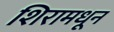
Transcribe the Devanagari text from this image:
शिरामधून